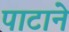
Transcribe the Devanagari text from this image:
पाटाने